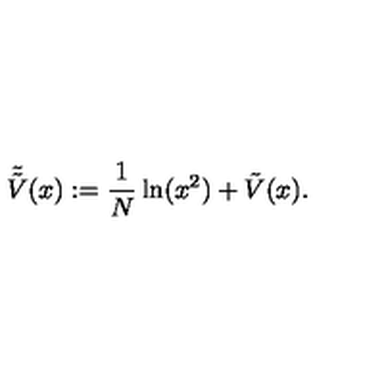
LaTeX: \tilde { \tilde { V } } ( x ) : = \frac { 1 } { N } \ln ( x ^ { 2 } ) + \tilde { V } ( x ) .